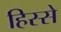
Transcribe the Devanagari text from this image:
हिस्‍स्‍ो